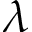
\lambda